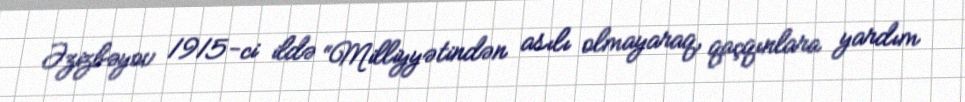
Əzizbəyov 1915-ci ildə “Milliyyətindən asılı olmayaraq, qaçqınlara yardım